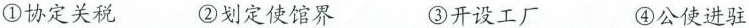
①协定关税 ②划定使馆界 ③开设工厂 ④公使进驻